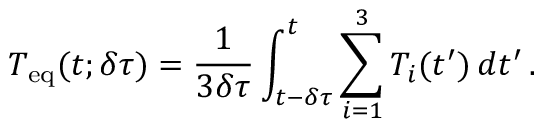
T _ { \mathrm { e q } } ( t ; \delta \tau ) = \frac { 1 } { 3 \delta \tau } \int _ { t - \delta \tau } ^ { t } \sum _ { i = 1 } ^ { 3 } T _ { i } ( t ^ { \prime } ) \, d t ^ { \prime } \, .